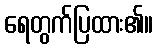
ရေတွက်ပြထား၏။